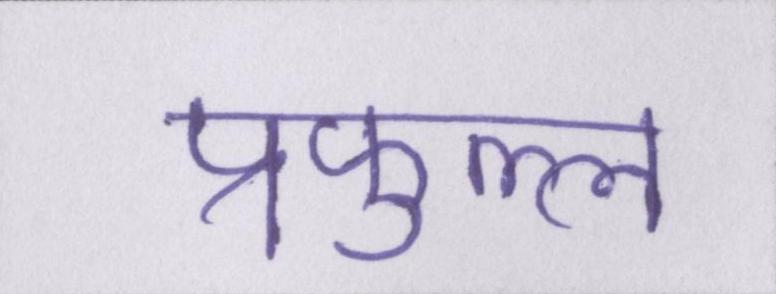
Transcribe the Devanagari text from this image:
प्रफुल्ल